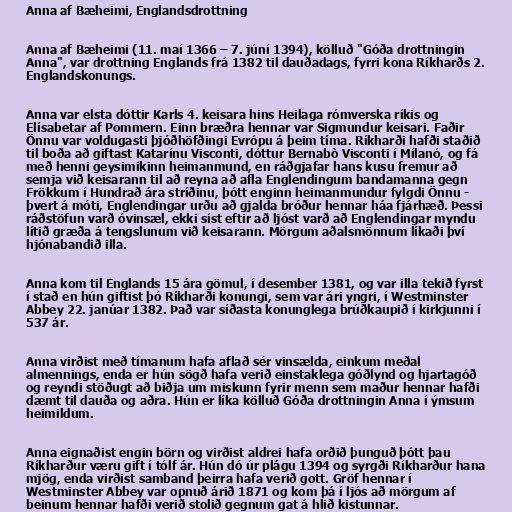
Anna af Bæheimi, Englandsdrottning

Anna af Bæheimi (11. maí 1366 – 7. júní 1394), kölluð "Góða drottningin
Anna", var drottning Englands frá 1382 til dauðadags, fyrri kona Ríkharðs 2.
Englandskonungs.

Anna var elsta dóttir Karls 4. keisara hins Heilaga rómverska ríkis og
Elísabetar af Pommern. Einn bræðra hennar var Sigmundur keisari. Faðir
Önnu var voldugasti þjóðhöfðingi Evrópu á þeim tíma. Ríkharði hafði staðið
til boða að giftast Katarínu Visconti, dóttur Bernabò Visconti í Mílanó, og fá
með henni geysimikinn heimanmund, en ráðgjafar hans kusu fremur að
semja við keisarann til að reyna að afla Englendingum bandamanna gegn
Frökkum í Hundrað ára stríðinu, þótt enginn heimanmundur fylgdi Önnu -
þvert á móti, Englendingar urðu að gjalda bróður hennar háa fjárhæð. Þessi
ráðstöfun varð óvinsæl, ekki síst eftir að ljóst varð að Englendingar myndu
lítið græða á tengslunum við keisarann. Mörgum aðalsmönnum líkaði því
hjónabandið illa.

Anna kom til Englands 15 ára gömul, í desember 1381, og var illa tekið fyrst
í stað en hún giftist þó Ríkharði konungi, sem var ári yngri, í Westminster
Abbey 22. janúar 1382. Það var síðasta konunglega brúðkaupið í kirkjunni í
537 ár.

Anna virðist með tímanum hafa aflað sér vinsælda, einkum meðal
almennings, enda er hún sögð hafa verið einstaklega góðlynd og hjartagóð
og reyndi stöðugt að biðja um miskunn fyrir menn sem maður hennar hafði
dæmt til dauða og aðra. Hún er líka kölluð Góða drottningin Anna í ýmsum
heimildum.

Anna eignaðist engin börn og virðist aldrei hafa orðið þunguð þótt þau
Ríkharður væru gift í tólf ár. Hún dó úr plágu 1394 og syrgði Ríkharður hana
mjög, enda virðist samband þeirra hafa verið gott. Gröf hennar í
Westminster Abbey var opnuð árið 1871 og kom þá í ljós að mörgum af
beinum hennar hafði verið stolið gegnum gat á hlið kistunnar.